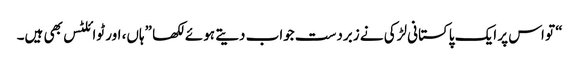
“ تو اس پر ایک پاکستانی لڑکی نے زبردست جواب دیتے ہوئے لکھا ”ہاں، اور ٹوائلٹس بھی ہیں۔